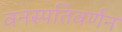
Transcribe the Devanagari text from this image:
वनस्पतिवर्णन